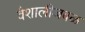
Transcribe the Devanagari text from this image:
वैशालीजवळ